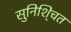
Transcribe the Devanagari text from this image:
सुनिशि्ंचत